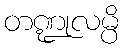
တဏ္ဍုလမ္ပိ